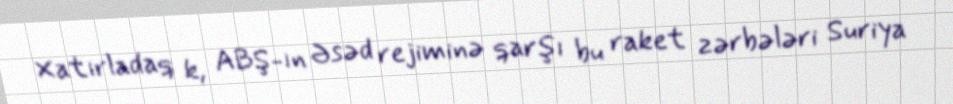
Xatırladaq k, ABŞ-ın Əsəd rejiminə qarşı bu raket zərbələri Suriya